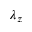
\lambda _ { z }